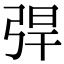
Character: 𢏥